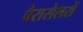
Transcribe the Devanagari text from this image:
पैरासेलरों